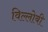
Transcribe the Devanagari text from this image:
विल्लोबी